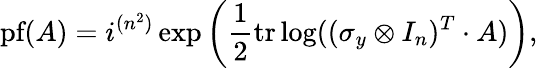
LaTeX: {\textrm{pf}}(A)=i^{(n^{2})}\exp\left({\frac{1}{2}}\mathrm{tr}\log((\sigma_{y}\otimes I_{n})^{T}\cdot A)\right),